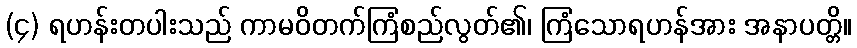
(၄) ရဟန်းတပါးသည် ကာမဝိတက်ကြံစည်လွတ်၏၊ ကြံသောရဟန်အား အနာပတ္တိ။